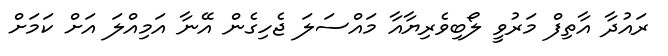
ރައުދާ އާތިފް މަރުވީ ލޯބިވެރިޔާއާ މައްސަލަ ޖެހިގެން އޭނާ އަމިއްލަ އަށް ކަމަށް